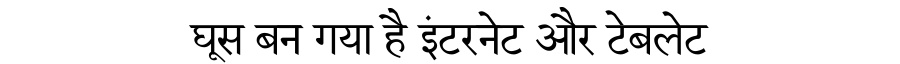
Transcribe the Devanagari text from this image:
घूस बन गया है इंटरनेट और टेबलेट